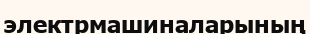
электрмашиналарының